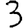
Digit: 3